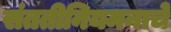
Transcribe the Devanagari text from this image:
संततीनियमनाचे